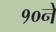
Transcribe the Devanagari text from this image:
१०ने